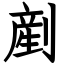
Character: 剷